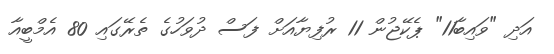
އަދި "ވައިބާ11" ޕެކޭޖުން 11 ރުފިޔާއަށް ފަސް ދުވަހުގެ ތެރޭގައި 80 އެމްބީއާ